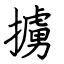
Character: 擄